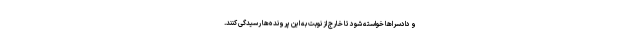
و دادسراها خواسته شود تا خارج از نوبت به این پرونده‌ها رسیدگی کنند.